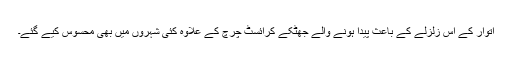
اتوار کے اس زلزلے کے باعث پیدا ہونے والے جھٹکے کرائسٹ چرچ کے علاوہ کئی شہروں میں بھی محسوس کیے گئے۔